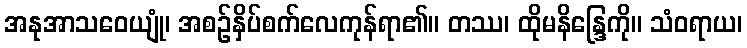
အနုအာသဝေယျုံ၊ အစဉ်နှိပ်စက်လေကုန်ရာ၏။ တဿ၊ ထိုမနိန္ဒြေကို။ သံဝရာယ၊